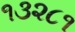
૧૩૨૮૧